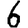
Digit: 6